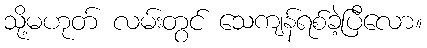
သို့မဟုတ် လမ်းတွင် သေကျန်ရစ်ခဲ့ပြီလော။